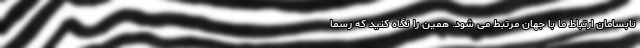
نابسامان ارتباط ما با جهان مرتبط می شود. همین را نگاه کنید که رسماً